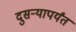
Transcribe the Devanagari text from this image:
दुसऱ्यापर्यंत